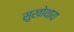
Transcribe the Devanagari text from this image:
सुखोथाय